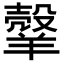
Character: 𦎼